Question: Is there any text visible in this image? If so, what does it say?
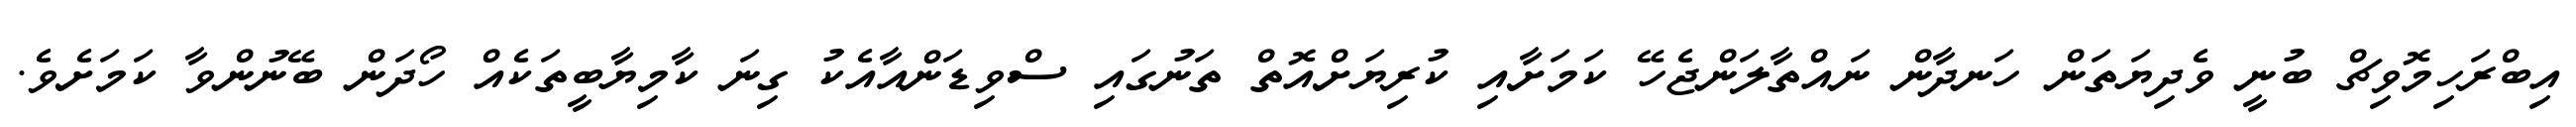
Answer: އިބްރަހިމޮވިޗް ބުނީ ވެދިޔަތަން ހަނދާން ނައްތާލަންޖެހޭ ކަމަށާއި ކުރިޔަށްއޮތް ތަނުގައި ސްވިޑަންއާއެކު ގިނަ ކާމިޔާބީތަކެއް ހޯދަން ބޭނުންވާ ކަމަށެވެ.